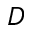
D